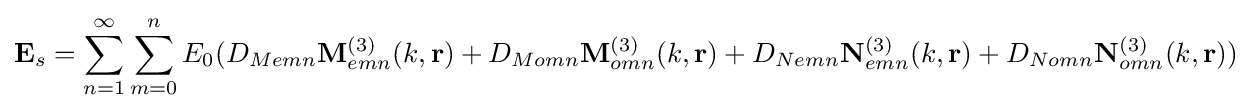
\mathbf {E} _{s}=\sum _{n=1}^{\infty }\sum _{m=0}^{n}E_{0}(D_{Memn}\mathbf {M} _{emn}^{(3)}(k,\mathbf {r} )+D_{Momn}\mathbf {M} _{omn}^{(3)}(k,\mathbf {r} )+D_{Nemn}\mathbf {N} _{emn}^{(3)}(k,\mathbf {r} )+D_{Nomn}\mathbf {N} _{omn}^{(3)}(k,\mathbf {r} ))